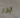
جدا